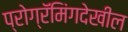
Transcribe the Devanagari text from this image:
प्रोग्रॅमिंगदेखील